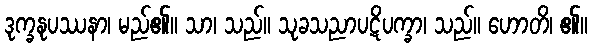
ဒုက္ခနုပဿနာ၊ မည်၏။ သာ၊ သည်။ သုခသညာပဋိပက္ခာ၊ သည်။ ဟောတိ၊ ၏။